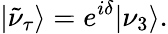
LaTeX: |\tilde{\nu}_{\tau}\rangle=e^{i\delta}|\nu_{3}\rangle.